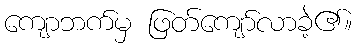
ကျောဘက်မှ ဖြတ်ကျော်လာခဲ့၏။